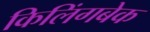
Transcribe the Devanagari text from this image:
किलिंगबेक